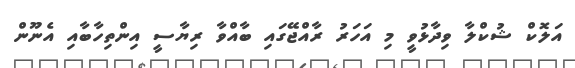
އަލޮކް ޝުކްލާ ވިދާޅުވީ މި އަހަރު ރާއްޖޭގައި ބާއްވާ ރިޔާސީ އިންތިހާބާއި އެނޫން